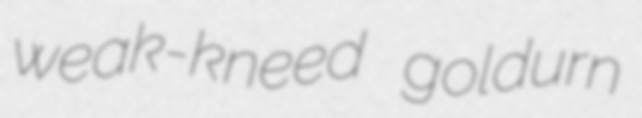
weak-kneed goldurn